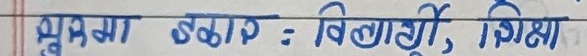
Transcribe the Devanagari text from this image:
भूप्रेमा एकाप : विद्यार्थी, शिक्षा